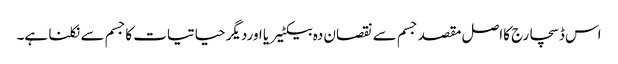
اس ڈسچارج کااصل مقصد جسم سے نقصان دہ بیکٹیریا اوردیگر حیاتیات کاجسم سے نکلنا ہے۔